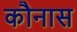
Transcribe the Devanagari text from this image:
कौनास